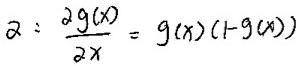
$\alpha:\frac{\partial g(x)}{\partial x}=g(x)(1 - g(x))$